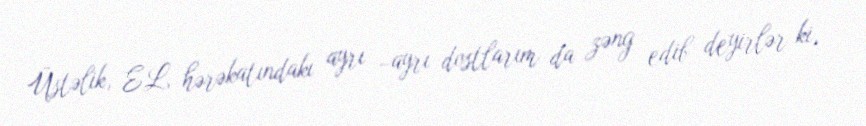
Üstəlik, EL hərəkatındakı ayrı –ayrı dostlarım da zəng edib deyirlər ki,